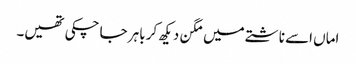
اماں اسے ناشتے میں مگن دیکھ کر باہر جا چکی تھیں۔